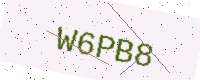
Text: W6PB8